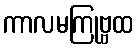
ကာလမကြုဗ္ဗထ